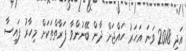
އަދި 2018 ވަނަ އަހަރު ހައްޖަށް ދާން ބޭނުންވާ ފަރާތްތަކަށް މިހާރު ފައިސާ